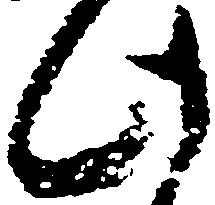
此